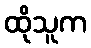
ထိုသူက